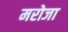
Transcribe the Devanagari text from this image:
मरोजा